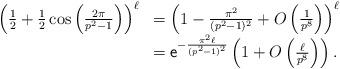
LaTeX: \begin{align*}\begin{array}{ll}\left(\frac{1}{2}+\frac{1}{2}\cos\left(\frac{2\pi }{p^2-1}\right)\right)^\ell & = \left(1-\frac{\pi^2}{(p^2-1)^2}+O\left(\frac{1}{p^8}\right)\right)^\ell \\ & = \mathsf{e}^{-\frac{\pi^2\ell}{(p^2-1)^2}}\left(1+O\left(\frac{\ell}{p^8}\right)\right).\end{array}\end{align*}